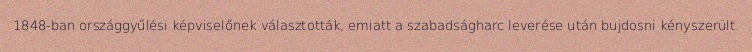
1848-ban országgyűlési képviselőnek választották, emiatt a szabadságharc leverése után bujdosni kényszerült.